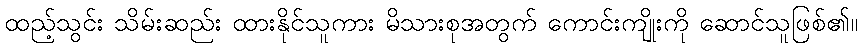
ထည့်သွင်း သိမ်းဆည်း ထားနိုင်သူကား မိသားစုအတွက် ကောင်းကျိုးကို ဆောင်သူဖြစ်၏။